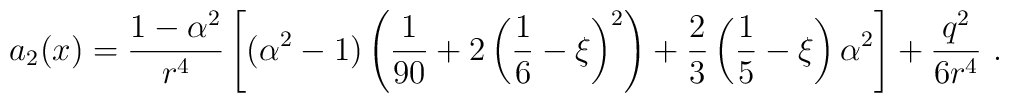
a_2(x)=\frac{1-\alpha^2}{r^4}\left[(\alpha^2-1)\left(\frac1{90}+2\left(\frac16-\xi \right)^2\right)+\frac23\left(\frac15-\xi \right)\alpha^2\right]+\frac{q^2}{6r^4} \ .